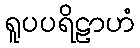
ရူပပရိဠာဟံ